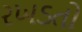
રખડતો